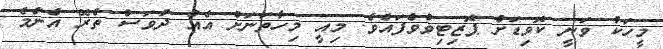
މީހަކު ވަނީ ކޮވިޑަށް ޕޮޒިޓިވްވެފައެވެ. މިއީ މިހާތަނަށް އެއް ދުވަސް ތެރޭ އެންމެ